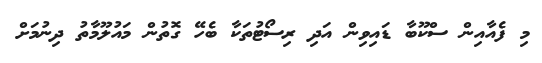
މި ފެއާއިން ސްކޫބާ ޑައިވިން އަދި ރިސޯޓުތަކާ ބެހޭ ގޮތުން މައުލޫމާތު ދިނުމަށް